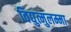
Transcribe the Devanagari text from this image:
विद्युत्मुलम्मा